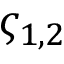
\varsigma _ { 1 , 2 }